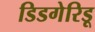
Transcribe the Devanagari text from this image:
डिडगेरिडू